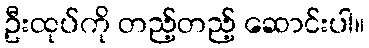
ဦးထုပ်ကို တည့်တည့် ဆောင်းပါ။